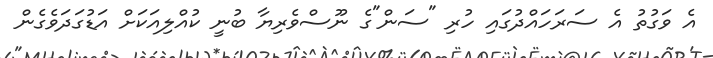
އެ ވަގުތު އެ ސަރަހައްދުގައި ހުރި "ސަން"ގެ ނޫސްވެރިޔާ ބުނީ ކުއްލިއަކަށް އަޑުގަދަވެގެން